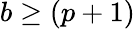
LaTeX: b\geq(p+1)